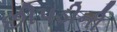
છીપડીની